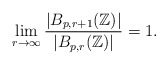
\begin{align*}\lim_{r \to \infty} \frac{|B_{p,r+1}(\mathbb{Z})|}{|B_{p,r}(\mathbb{Z})|} = 1.\end{align*}